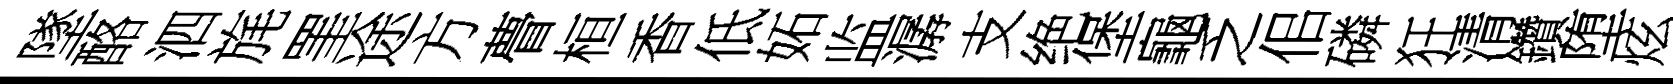
墜酪泗旄罣途方瞢桓香低妬监潺支绝堡龜乏佀磷狂清鑽堕炫